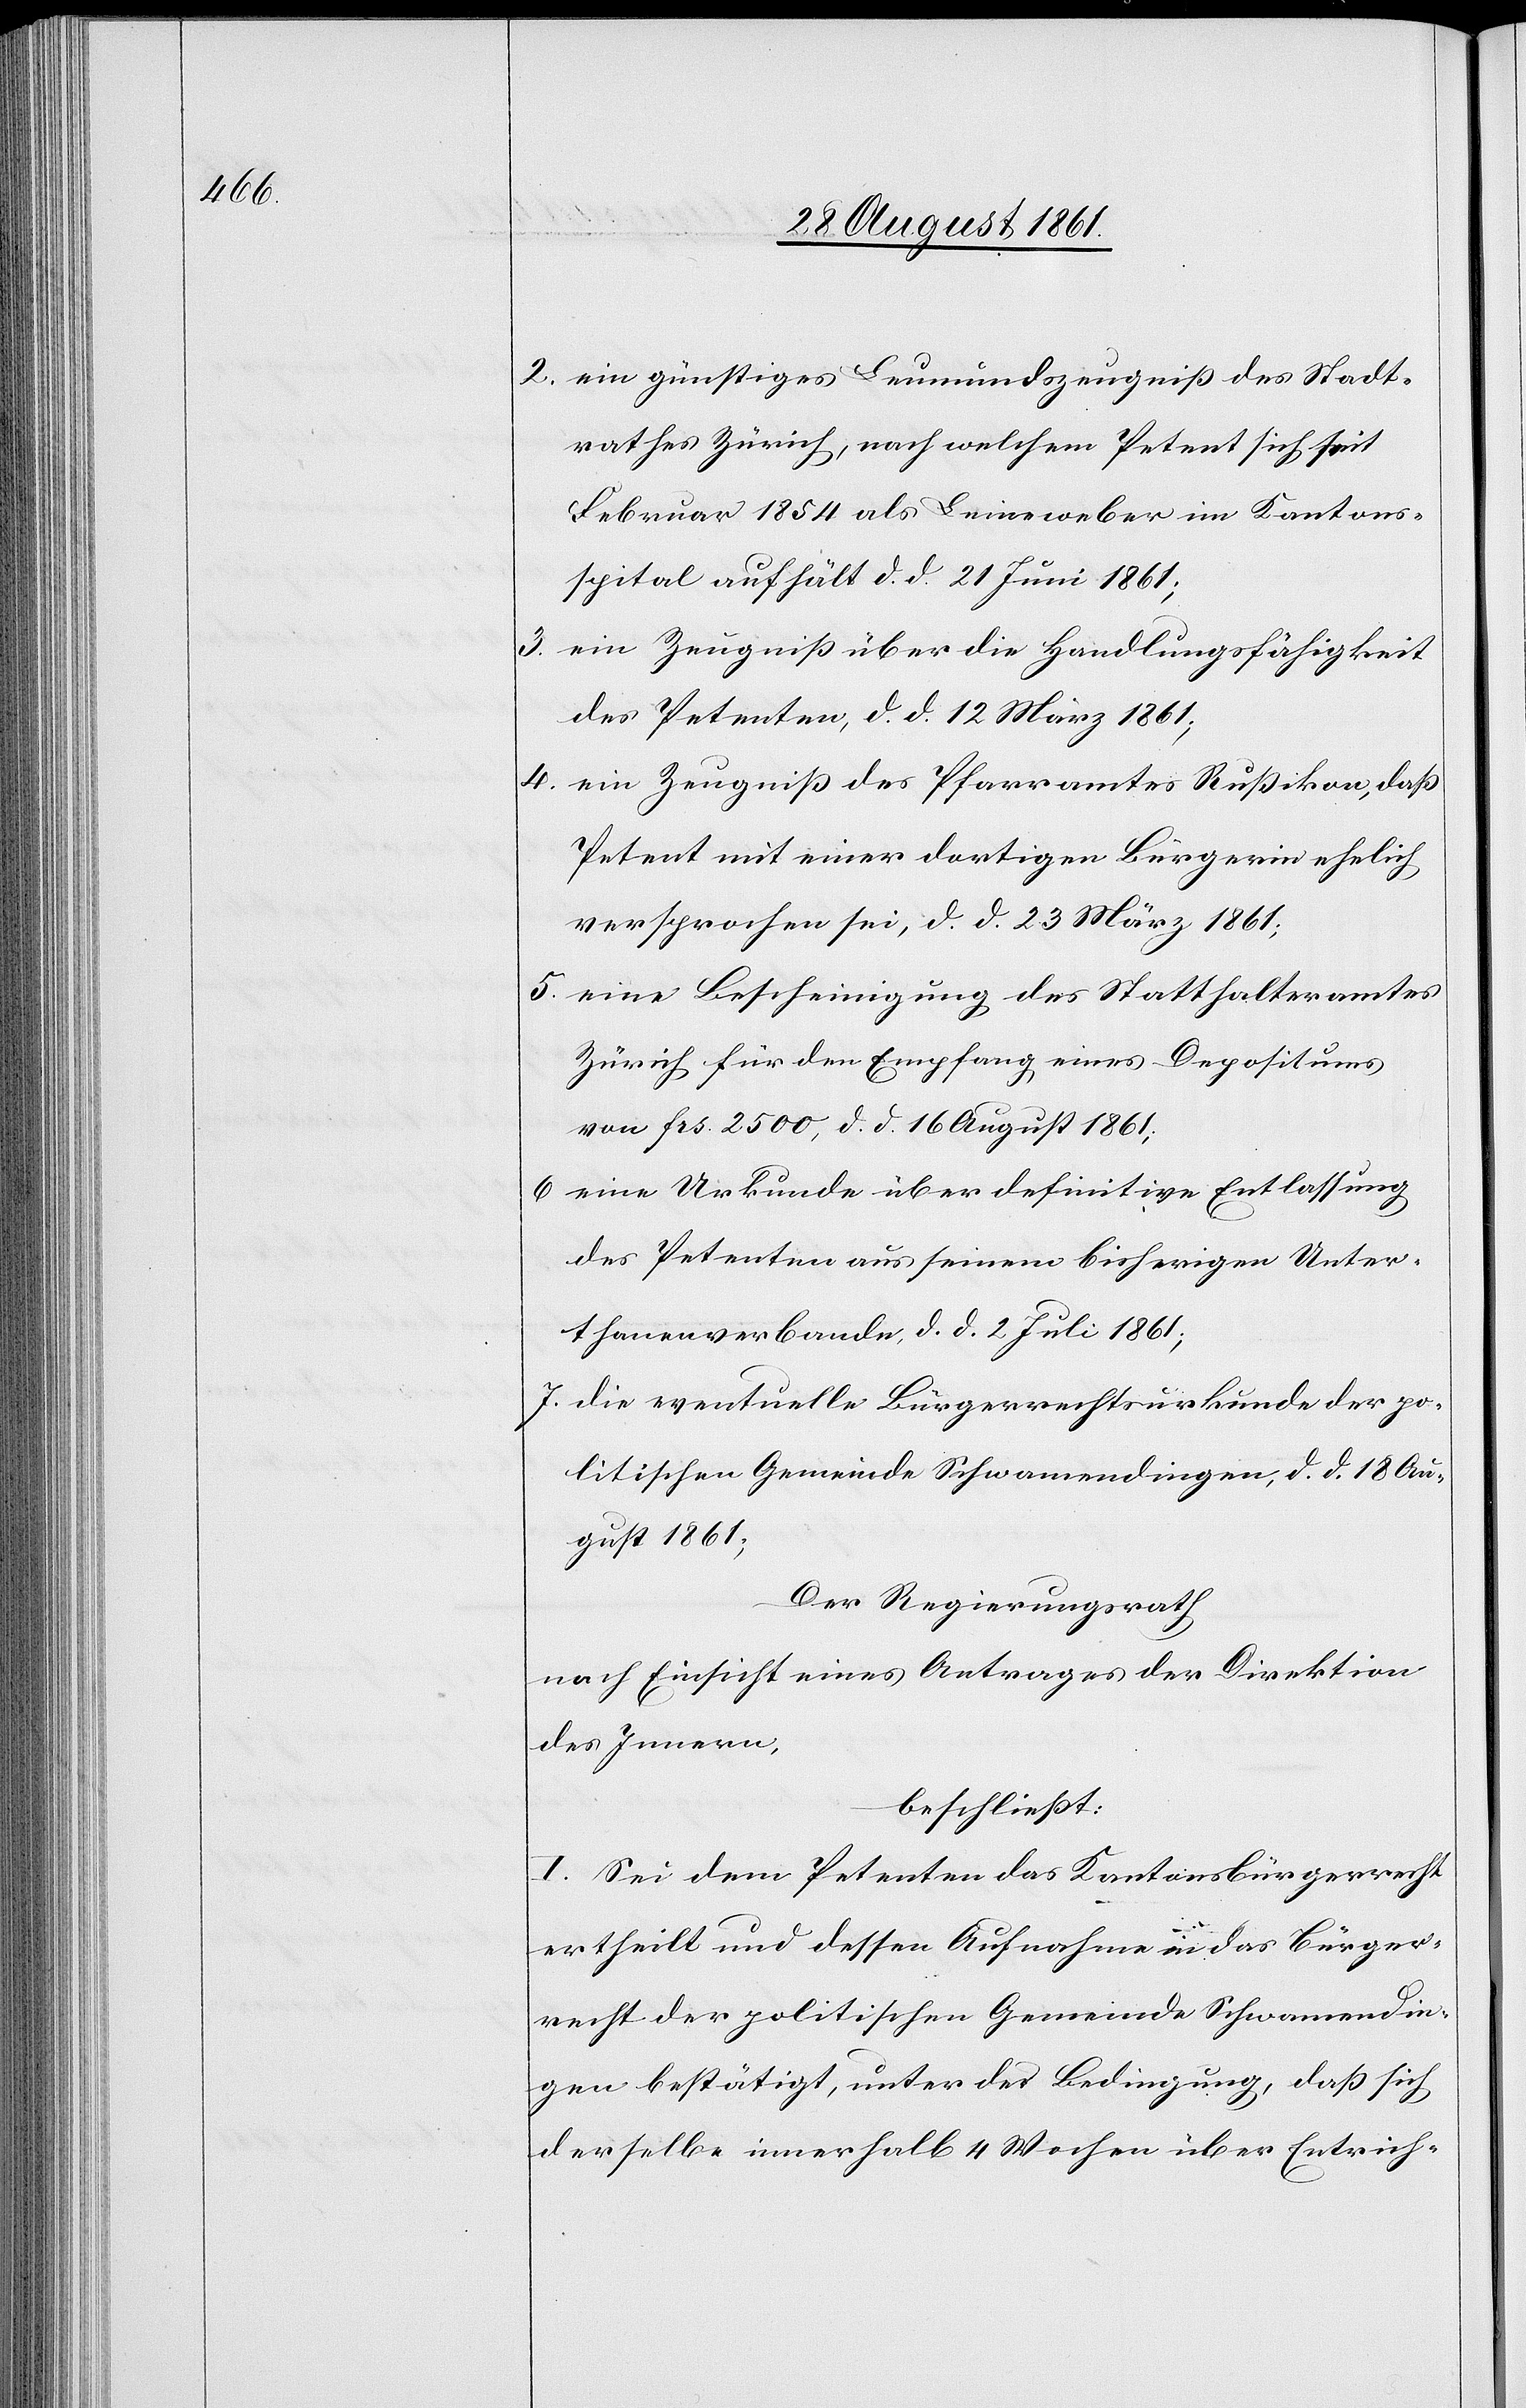
2. ein günstiges Leumundszeugniß des Stadt¬
rathes Zürich, nach welchem Petent sich seit
Februar 1854 als Leinenweber im Kantons¬
spital aufhält d. d. 21 Juni 1861;
3. ein Zeugniß über die Handlungsfähigkeit
des Petenten, d. d. 12 März 1861;
4. ein Zeugniß des Pfarramtes Rußikon, daß
Petent mit einer dortigen Bürgerin ehelich
versprochen sei, d. d. 23 März 1861;
5. eine Bescheinigung des Statthalteramtes
Zürich für den Empfang eines Depositums
von frs 2500, d. d. 16 August 1861;
6 eine Urkunde über definitive Entlassung
des Petenten aus seinem bisherigen Unter¬
thanenverbande, d. d. 2 Juli 1861;
7. die eventuelle Bürgerrechtsurkunde der po¬
litischen Gemeinde Schwamendingen, d. d. 18 August;
Der Regierungsrath
nach Einsicht eines Antrages der Direktion
des Innern,
beschließt:
I. Sei dem Petenten das Kantonsbürgerrecht
ertheilt und dessen Aufnahme in das Bürger¬
recht der politischen Gemeinde Schwamendin¬
gen bestätigt, unter der Bedingung, daß sich
derselbe innerhalb 4 Wochen über Entrich-